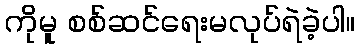
ကိုမူ စစ်ဆင်ရေးမလုပ်ရဲခဲ့ပါ။